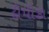
દીપીકા